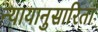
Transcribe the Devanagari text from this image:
न्यायानुसारिता